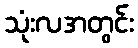
သုံးလအတွင်း